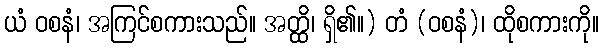
ယံ ဝစနံ၊ အကြင်စကားသည်။ အတ္ထိ၊ ရှိ၏။) တံ (ဝစနံ)၊ ထိုစကားကို။